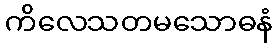
ကိလေသတမသောဓနံ